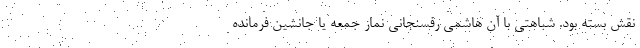
نقش بسته بود. شباهتی با آن هاشمی رفسنجانی نماز جمعه یا جانشین فرمانده